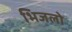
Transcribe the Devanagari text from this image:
भिजलो